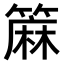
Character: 𫂟